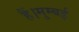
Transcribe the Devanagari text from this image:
हैं।मुम्बई